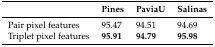
|  | Pines | PaviaU | Salinas |
 | --- | --- | --- | --- |
 | Pair pixel features | 95.47 | 94.51 | 94.69 |
 | Triplet pixel features | 95.91 | 94.79 | 95.98 |